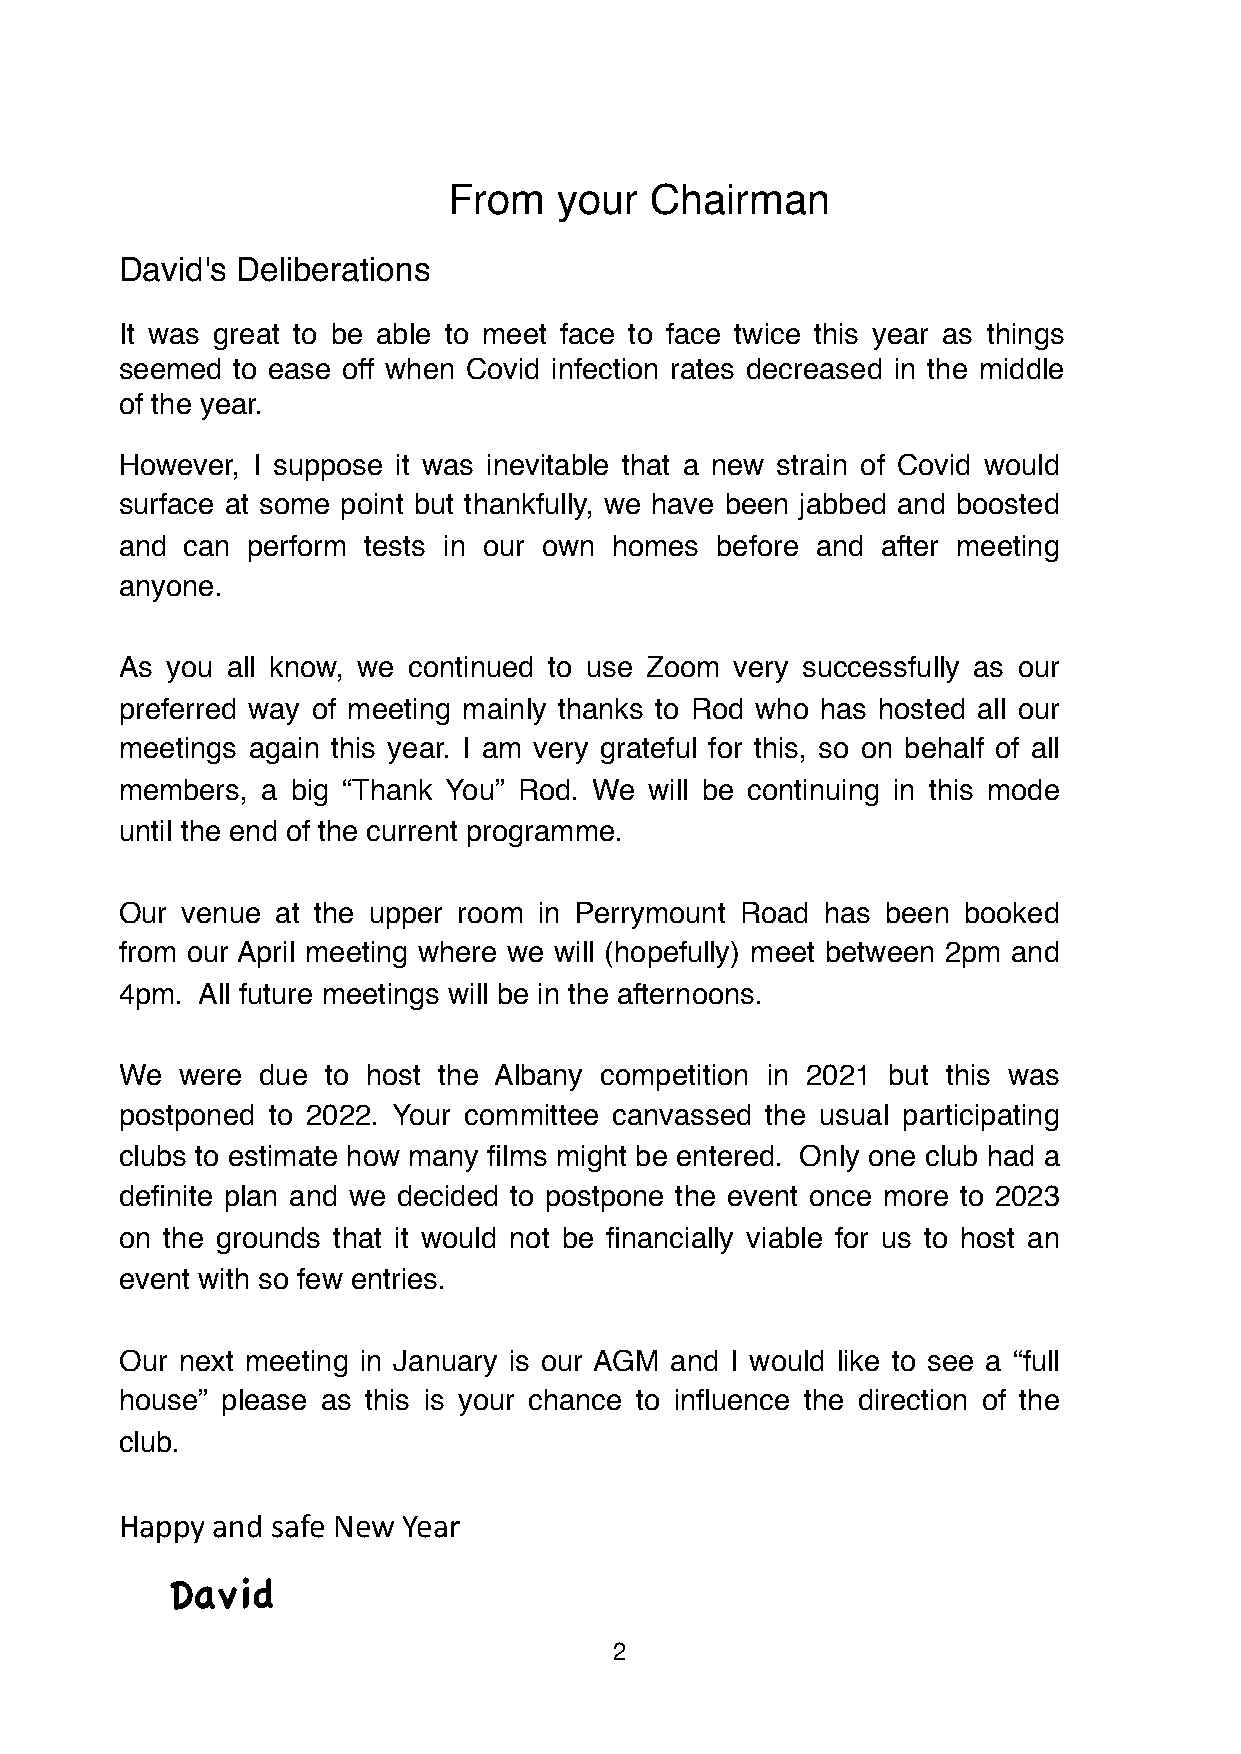
From   your  Chairman
 David's Deliberations
 It was great to be able to meet face to face twice this year as things
 seemed to ease off when Covid infection rates decreased in the middle
 of the year.
 However, I suppose it was inevitable that a new strain of Covid would
 surface at some point but thankfully, we have been jabbed and boosted
 and can perform tests in our own homes before and after meeting
 anyone.
 As you all know, we continued to use Zoom very successfully as our
 preferred way of meeting mainly thanks to Rod who has hosted all our
 meetings again this year. I am very grateful for this, so on behalf of all
 members, a big “Thank You” Rod. We will be continuing in this mode
 until the end of the current programme.
 Our venue at the upper room in Perrymount Road has been booked
 from our April meeting where we will (hopefully) meet between 2pm and
 4pm. All future meetings will be in the afternoons.
 We  were due to host the Albany competition in 2021 but this was
 postponed to 2022. Your committee canvassed the usual participating
 clubs to estimate how many films might be entered. Only one club had a
 definite plan and we decided to postpone the event once more to 2023
 on the grounds that it would not be financially viable for us to host an
 event with so few entries.
 Our next meeting in January is our AGM and I would like to see a “full
 house” please as this is your chance to influence the direction of the
 club.
 Happy and safe New Year
 David
 2